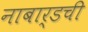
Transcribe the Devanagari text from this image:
नाबार्डची